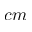
c m